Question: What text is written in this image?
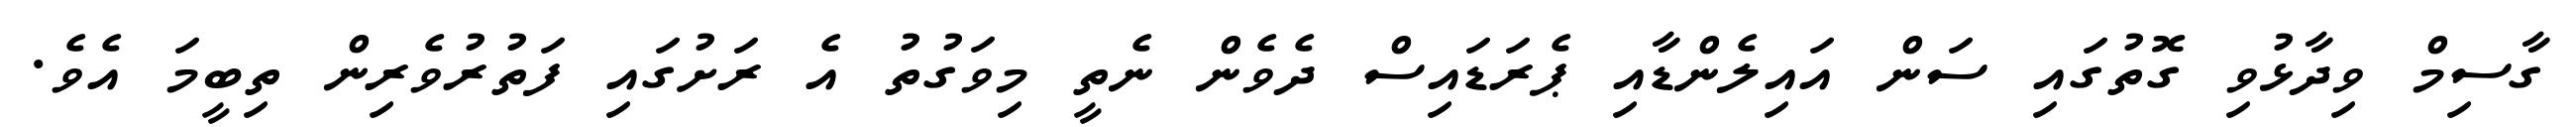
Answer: ގާސިމް ވިދާޅުވި ގޮތުގައި ސަން އައިލެންޑާއި ޕެރަޑައިސް ދެވެން ނެތީ މިވަގުތު އެ ރަށުގައި ފަތުރުވެރިން ތިބީމަ އެވެ.